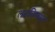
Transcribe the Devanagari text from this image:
लढविण्यात